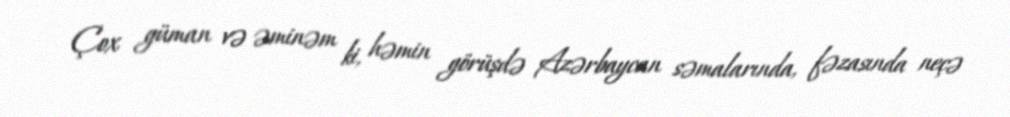
Çox güman və əminəm ki, həmin görüşdə Azərbaycan səmalarında, fəzasında neçə